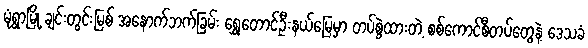
မုံရွာမြို့ ချင်းတွင်းမြစ် အနောက်ဘက်ခြမ်း ရွှေတောင်ဦးနယ်မြေမှာ တပ်စွဲထားတဲ့ စစ်ကောင်စီတပ်တွေနဲ့ ဒေသခံ